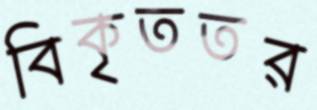
বিকৃততর